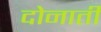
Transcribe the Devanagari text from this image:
दोनाती